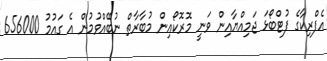
އެފްރިކާގެ ފުޓްބޯޅަ ޖަމިއްޔާއިން ވަނީ މޮރޮކޯއިން މުބާރާތް ނުބޭއްވުމުން އެ ގައުމު 656000